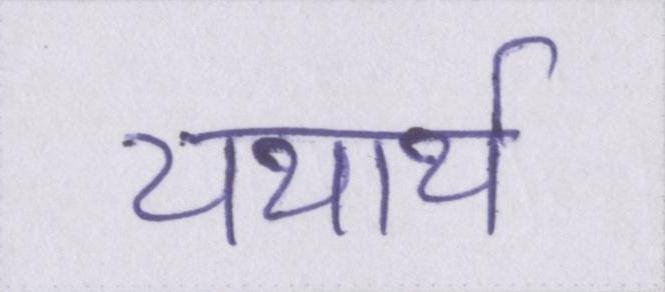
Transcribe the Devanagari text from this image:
यथार्थ